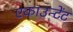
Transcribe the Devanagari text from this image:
एकाउन्टेंट